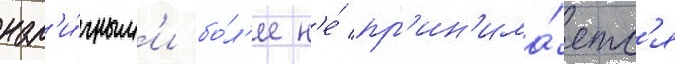
нал'и́чным'и бо́л'ее н'е́ пр'ин'има́етс'я